Report on vaccination in the Province of Bengal - 1874-1889
Year: 1874
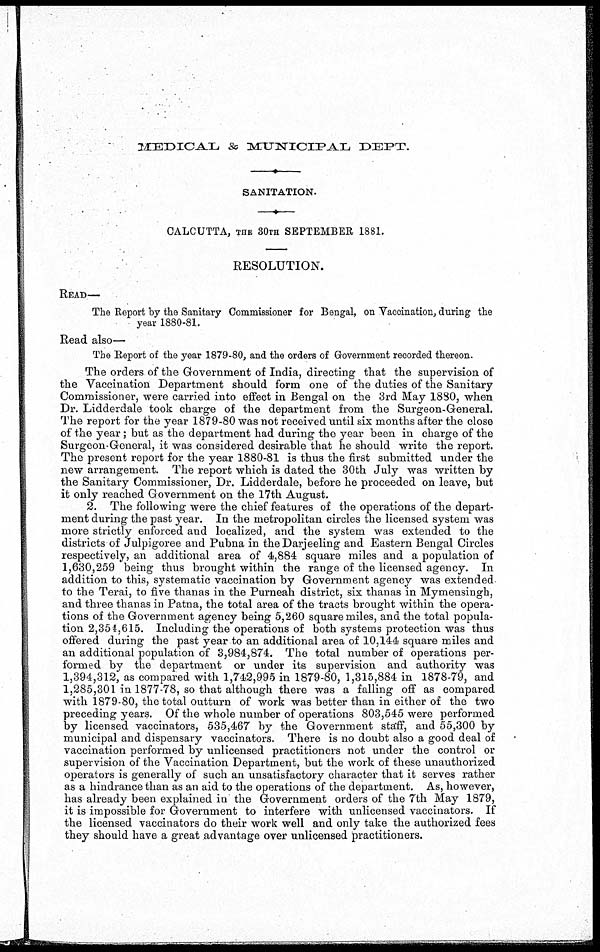
MEDICAL & MUNICIPAL
DEPT.
SANITATION.
CALCUTTA, THE 30TH SEPTEMBER 1881.
RESOLUTION.
READ—
The Report by the Sanitary Commissioner for Bengal, on Vaccination, during the
year 1880-81.
Read also—
The Report of the year 1879-80, and the orders of Government recorded thereon.
The orders of the Government of India, directing that the supervision of
the Vaccination Department should form one of the duties of the Sanitary
Commissioner, were carried into effect in Bengal on the 3rd May 1880, when
Dr. Lidderdale took charge of the department from the Surgeon-General.
The report for the year 1879-80 was not received until six months after the close
of the year; but as the department had during the year been in charge of the
Surgeon-General, it was considered desirable that he should write the report.
The present report for the year 1880-81 is thus the first submitted under the
new arrangement. The report which is dated the 30th July was written by
the Sanitary Commissioner, Dr. Lidderdale, before he proceeded on leave, but
it only reached Government on the 17th August.
2. The following were the chief features of the operations of the depart-
ment during the past year. In the metropolitan circles the licensed system was
more strictly enforced and localized, and the system was extended to the
districts of Julpigoree and Pubna in the Darjeeling and Eastern Bengal Circles
respectively, an additional area of 4,884 square miles and a population of
1,630,259 being thus brought within the range of the licensed agency. In
addition to this, systematic vaccination by Government agency was extended
to the Terai, to five thanas in the Purneah district, six than as in Mymensingh,
and three thanas in Patna, the total area of the tracts brought within the opera-
tions of the Government agency being 5,260 square miles, and the total popula-
tion 2,354,615. Including the operations of both systems protection was thus
offered during the past year to an additional area of 10,144 square miles and
an additional population of 3,984,874. The total number of operations per-
formed by the department or under its supervision and authority was
1,394,312, as compared with 1,742,995 in 1879-80, 1,315,884 in 1878-79, and
1,285,301 in 1877-78, so that although there was a falling off as compared
with 1879-80, the total outturn of work was better than in either of the two
preceding years. Of the whole number of operations 803,545 were performed
by licensed vaccinators, 535,467 by the Government staff, and 55,300 by
municipal and dispensary vaccinators. There is no doubt also a good deal of
vaccination performed by unlicensed practitioners not under the control or
supervision of the Vaccination Department, but the work of these unauthorized
operators is generally of such an unsatisfactory character that it serves rather
as a hindrance than as an aid to the operations of the department. As, however,
has already been explained in the Government orders of the 7th May 1879,
it is impossible for Government to interfere with unlicensed vaccinators. If
the licensed vaccinators do their work well and only take the authorized fees
they should have a great advantage over unlicensed practitioners.